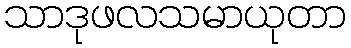
သာဒုဖလသမာယုတာ